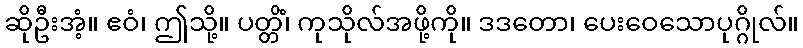
ဆိုဦးအံ့။ ဧဝံ၊ ဤသို့။ ပတ္တိံ၊ ကုသိုလ်အဖို့ကို။ ဒဒတော၊ ပေးဝေသောပုဂ္ဂိုလ်။